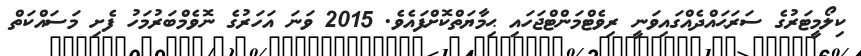
ކިލޯމީޓަރުގެ ސަރަޙައްދެއްގައިވަނީ ރިވެޓްމަންޓްޖަހައި ޙިމާޔަތްކޮށްފައެވެ. 2015 ވަނަ އަހަރުގެ ނޮވެމްބަރުމަހު ފެށި މަސައްކަތް